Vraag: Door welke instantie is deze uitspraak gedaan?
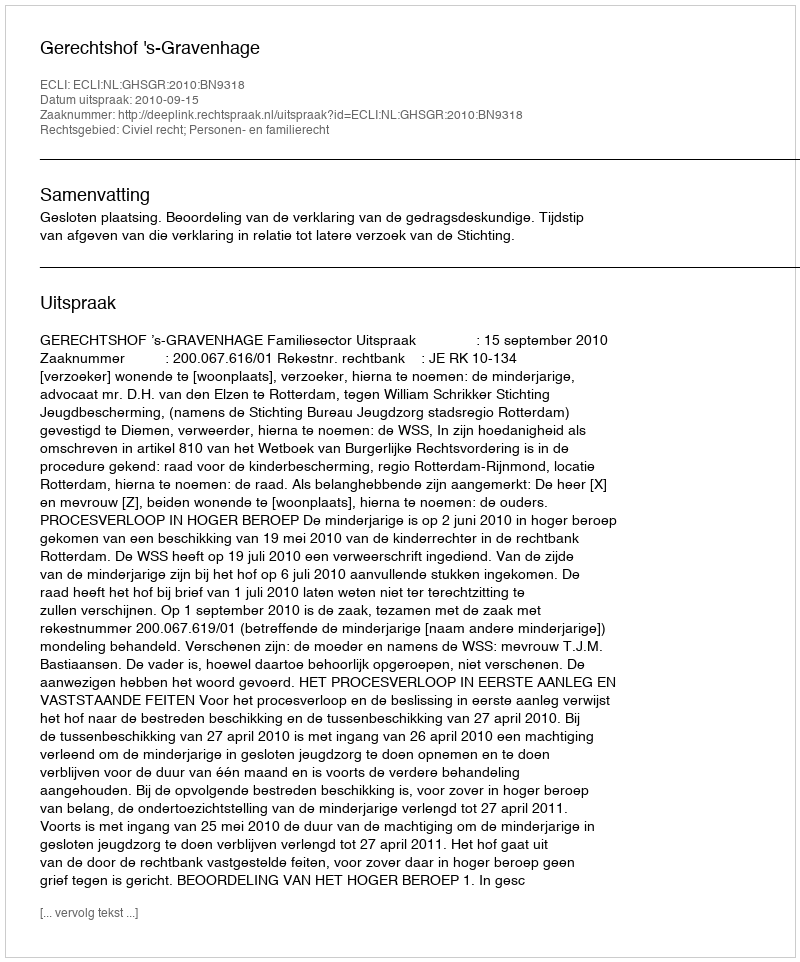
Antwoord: Gerechtshof 's-Gravenhage